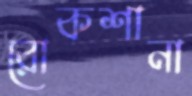
রোকশানা